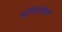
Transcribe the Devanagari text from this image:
इंटिलेक्ट